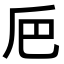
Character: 𠂬